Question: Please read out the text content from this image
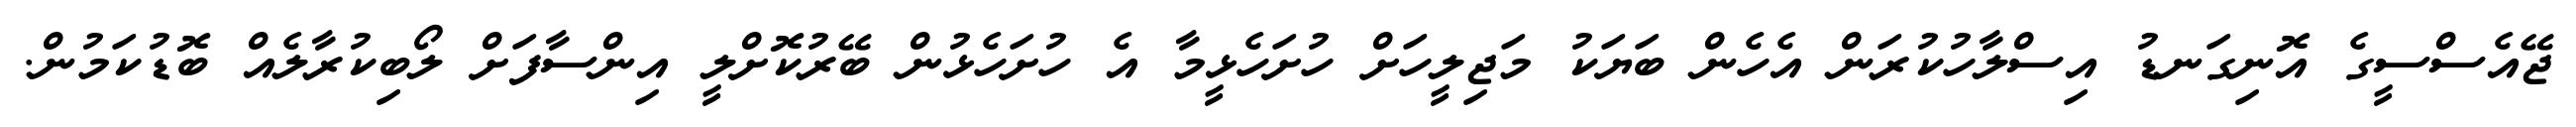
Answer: ޖޭއެސްސީގެ އޮނިގަނޑު އިސްލާހުކުރަން އެހެން ބަޔަކު މަޖިލީހަށް ހުށަހެޅީމާ އެ ހުށަހެޅުން ބޭރުކޮށްލީ އިންސާފަށް ލޯބިކުރާލެއް ބޮޑުކަމުން.